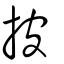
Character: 披